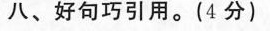
八、好句巧引用。(4分)